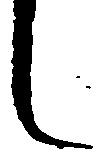
し